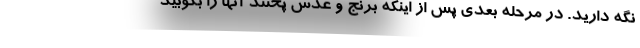
نگه دارید. در مرحله بعدی پس از اینکه برنج و عدس پختند آنها را بکوبید